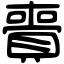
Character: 賷